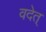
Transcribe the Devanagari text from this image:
वदेत्